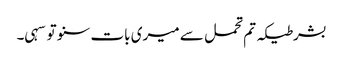
بشرطیکہ تم تحمل سے میری بات سنو تو سہی۔